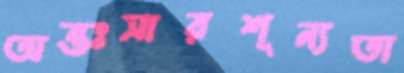
অন্তঃসারশূন্যতা